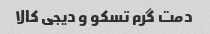
دمت گرم تسکو و دیجی کالا